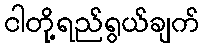
ငါတို့ရည်ရွယ်ချက်